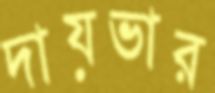
দায়ভার